Civil Veterinary Dept. North-West Frontier Province 1901-22 - 1901-1922
Year: 1901
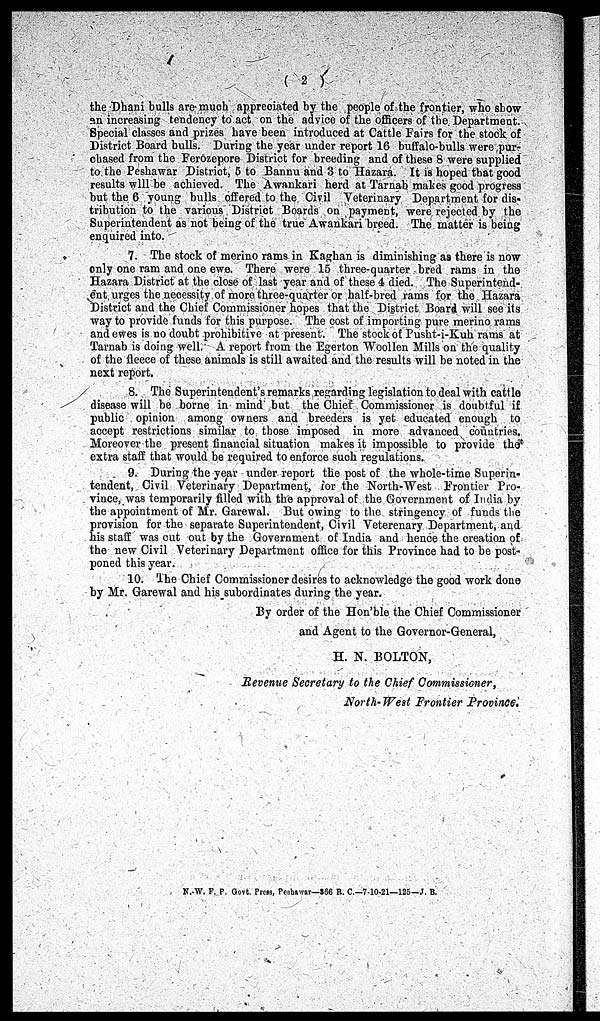
the Dhani bulls are much appreciated by the people of the frontier, who show
an increasing tendency to act on the advice of the officers of the Department.
Special classes and prizes have been introduced at Cattle Fairs for the stock of
District Board bulls. During the year under report 16 buffalo-bulls were pur-
chased from the Ferozepore District for breeding and of these 8 were supplied
to the Peshawar District, 5 to Bannu and 3 to Hazara. It is hoped that good
results will be achieved. The Awankari herd at Tarnab makes good progress
but the 6 young bulls offered to the Civil Veterinary Department for dis-
tribution to the various District Boards on payment, were rejected by the
Superintendent as not being of the true Awankari breed. The matter is being
enquired into.
7. The stock of merino rams in Kaghan is diminishing as there is now
only one ram and one ewe. There were 15 three-quarter bred rams in the
Hazara District at the close of last year and of these 4 died. The Superintend-
ent urges the necessity of more three-quarter or half-bred rams for the Hazara
District and the Chief Commissioner hopes that the District Board will see its
way to provide funds for this purpose. The cost of importing pure merino rams
and ewes is no doubt prohibitive at present. The stock of Pusht-i-Kuh rams at
Tarnab is doing well. A report from the Egerton Woollen Mills on the quality
of the fleece of these animals is still awaited and the results will be noted in the
next report.
8. The Superintendent's remarks regarding legislation to deal with cattle
disease will be borne in mind but the Chief Commissioner is doubtful if
public opinion among owners and breeders is yet educated enough to
accept restrictions similar to those imposed in more advanced countries.
Moreover the present financial situation makes it impossible to provide the
extra staff that would be required to enforce such regulations.
9. During the year under report the post of the whole-time Superin-
tendent, Civil Veterinary Department, for the North-West Frontier Pro-
vince, was temporarily filled with the approval of the Government of India by
the appointment of Mr. Garewal. But owing to the stringency of funds the
provision for the separate Superintendent, Civil Veterenary Department, and
his staff was cut out by the Government of India and hence the creation of
the new Civil Veterinary Department office for this Province had to be post-
poned this year.
10. The Chief Commissioner desires to acknowledge the good work done
by Mr. Garewal and his subordinates during the year.
By order of the Hon'ble the Chief Commissioner
and Agent to the Governor-General,
H. N. BOLTON,
Revenue Secretary to the Chief Commissioner,
North-West Frontier Province.
N.W. F. P. Govt. Press, Peshawar—366 R. C.— 7-10-21—125-J. B.